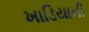
ખાડિયાની